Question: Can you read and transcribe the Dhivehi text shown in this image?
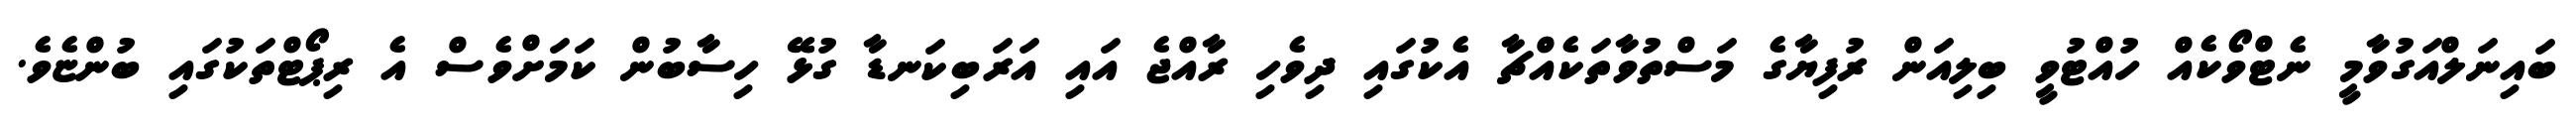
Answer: ބައިނަލްއަގުވާމީ ނެޓްވޯކެއް ހުއްޓުވީ ބިލިއަން ރުފިޔާގެ މަސްތުވާތަކެއްޗާ އެކުގައި ދިވެހި ރާއްޖެ އައި އަރަބިކަނޑާ ގުޅޭ ހިސާބުން ކަމަށްވެސް އެ ރިޕޯޓްތަކުގައި ބުންޏެވެ.